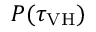
P ( \tau _ { \mathrm { V H } } )